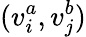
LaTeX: (v_{i}^{a},v_{j}^{b})